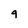
Character: 9